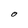
Character: 0